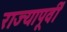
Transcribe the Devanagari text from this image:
राज्यापूर्वीं